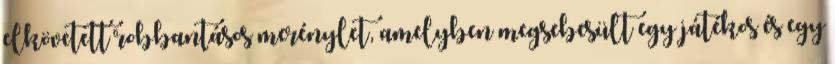
elkövetett robbantásos merénylet, amelyben megsebesült egy játékos és egy